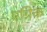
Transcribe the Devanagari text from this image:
एग्रिक